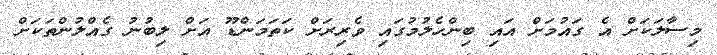
މިސާލަކަށް އެ ގައުމަށް އައި ބިންހެލުމުގައި ވެރިރަށް ކަތަމަންޑޫ އަށް ލިބުނު ގެއްލުންތަކަށް